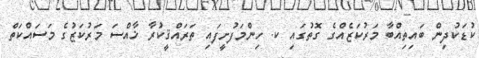
ކުޑަކުދިން ބައިތިއްބާ މަރުކަޒެއްގެ ގޮތުގައި ކ. ހިންމަފުށީފައި ތަރައްޤީކުރާ ޚާއްސަ މަރުކަޒުގެ މަސައްކަތް